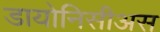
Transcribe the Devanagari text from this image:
डायोनिसीअस